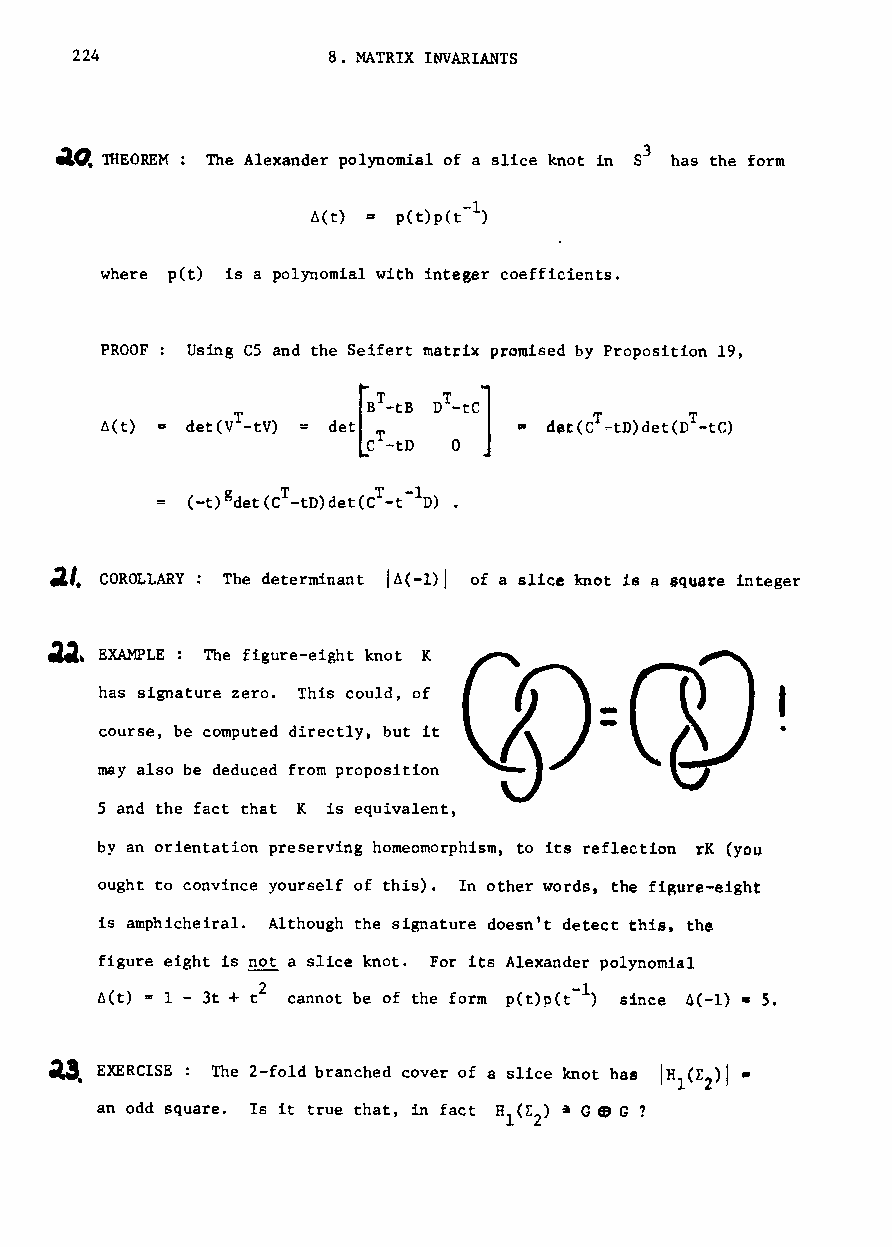
224              8. MATRIX INVARIANTS
 tilCl TIlEOREM The Alexander polynomial of a slice knot in S3 has the form
 -1
 6(t) p(t)p(t )
 where pet) is a polynomial with integer coefficients.
 PROOF Using CS and the Seifert matrix promised by Proposition 19,
 ~BT_tB
 T
 I: det(V -tV) det T
 C -tD
 g   T     T -1
 (-t) det(C -tD)det(C -t D) .
 ~/. COROLLARY The determinant /6(-1)1 of a slice knot is a square integer
 ~,  EXAMPLE: The figure-eight knot K
 has signature zero. This could, of ..        I
 course, be computed directly, but it
 may also be deduced from proposition
 5 and the fact that K is equivalent,
 by an orientation preserving homeomorphism, to its reflection rK (you
 ought to convince yourself of this). In other words, the fiRure-eight
 is amphicheiral. Although the signature doesn't detect this. the
 figure eight is not a slice knot. For its Alexander polynomial
 Z                     l
 6(t) = 1 - 3t + t cannot be of the form p(t)p(t- ) since 6(-1). S.
 ~.  EXERCISE: The Z-fold branched cover of a slice knot has IH (L >J.
 1 2
 an odd square. Is it true that, in fact H (E ) aGe G ?
 1 Z